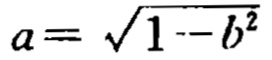
\(a = \sqrt{1 - b^{2}}\)